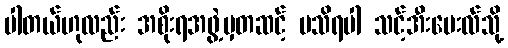
ပါတယ်ဟုလည်း အစိုးရအဖွဲ့မှတဆင့် မသိရပါ သင့်အီးမေးလ်သို့